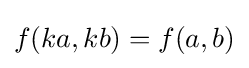
f(ka,kb)=f(a,b)